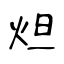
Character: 炟